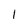
Character: 1